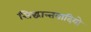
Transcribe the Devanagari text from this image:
सिद्धान्तवादियो